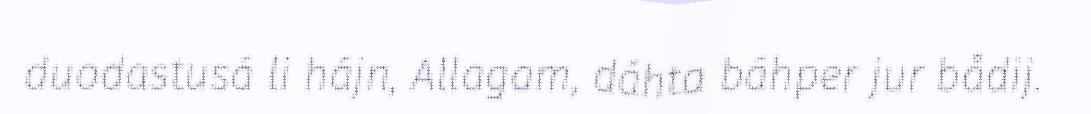
duodastusá li hájn, Allagam, dáhta báhper jur bådij.